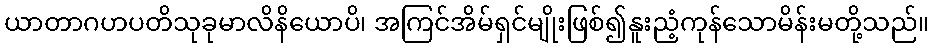
ယာတာဂဟပတိသုခုမာလိနိယောပိ၊ အကြင်အိမ်ရှင်မျိုးဖြစ်၍နူးညံ့ကုန်သောမိန်းမတို့သည်။